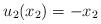
LaTeX: \begin{align*}u_2(x_2) = - x_2\end{align*}